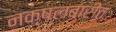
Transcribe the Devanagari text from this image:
नक्षलबारीत